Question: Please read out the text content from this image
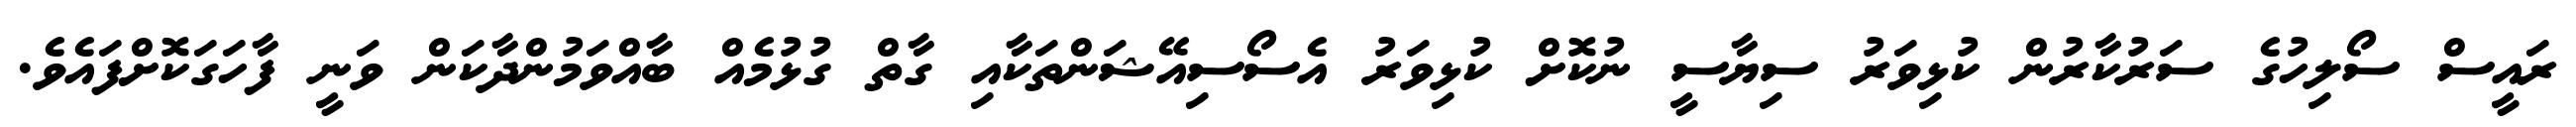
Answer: ރައީސް ސޯލިހުގެ ސަރުކާރުން ކުޅިވަރު ސިޔާސީ ނުކޮށް ކުޅިވަރު އެސޯސިއޭޝަންތަކާއި ގާތް ގުޅުމެއް ބާއްވަމުންދާކަން ވަނީ ފާހަގަކޮށްފައެވެ.